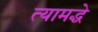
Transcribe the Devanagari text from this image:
त्यामद्धे